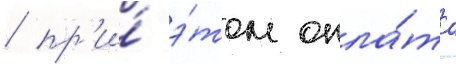
/ пр'и́ э́том опла́та